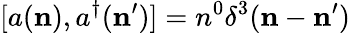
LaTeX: \lbrack a({\mathbf n}),a^{\dagger}({\mathbf n}^{\prime})]=n^{0}\delta^{3}({\mathbf n}-{\mathbf n}^{\prime})